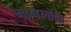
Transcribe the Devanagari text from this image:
मामलोंके